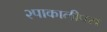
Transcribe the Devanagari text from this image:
२पाकालीपस